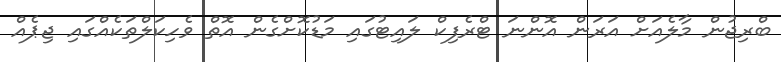
ބްރިޖުން މާލެއަށް އަރަން އޮންނަ ޓްރެފިކް ލައިޓުގައި މަޑުކޮށްގެން އޮތް ވެހިކަލްތަކެއްގައި ޖިޕެއް